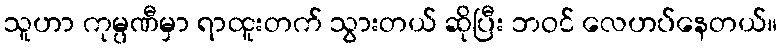
သူဟာ ကုမ္ပဏီမှာ ရာထူးတက် သွားတယ် ဆိုပြီး ဘဝင် လေဟပ်နေတယ်။